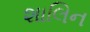
શાલિન